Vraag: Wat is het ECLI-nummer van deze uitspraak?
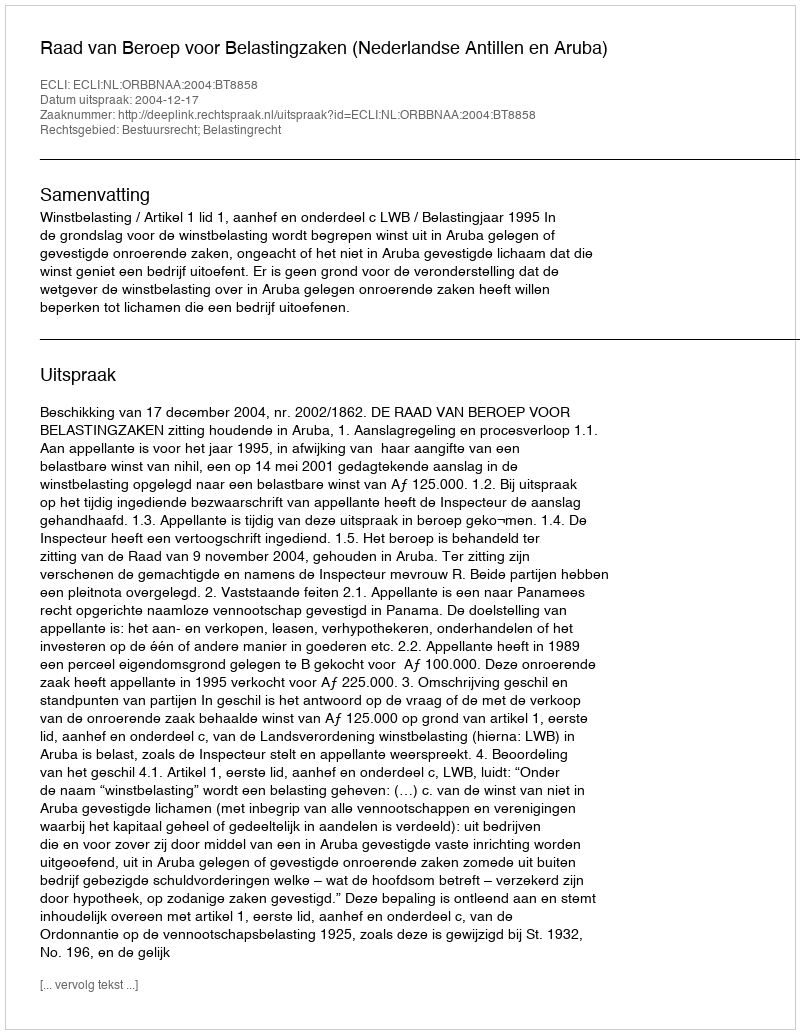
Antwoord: ECLI:NL:ORBBNAA:2004:BT8858